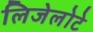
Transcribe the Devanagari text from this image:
लिजेलोटे